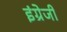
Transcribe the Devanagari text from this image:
इंग्रेजी